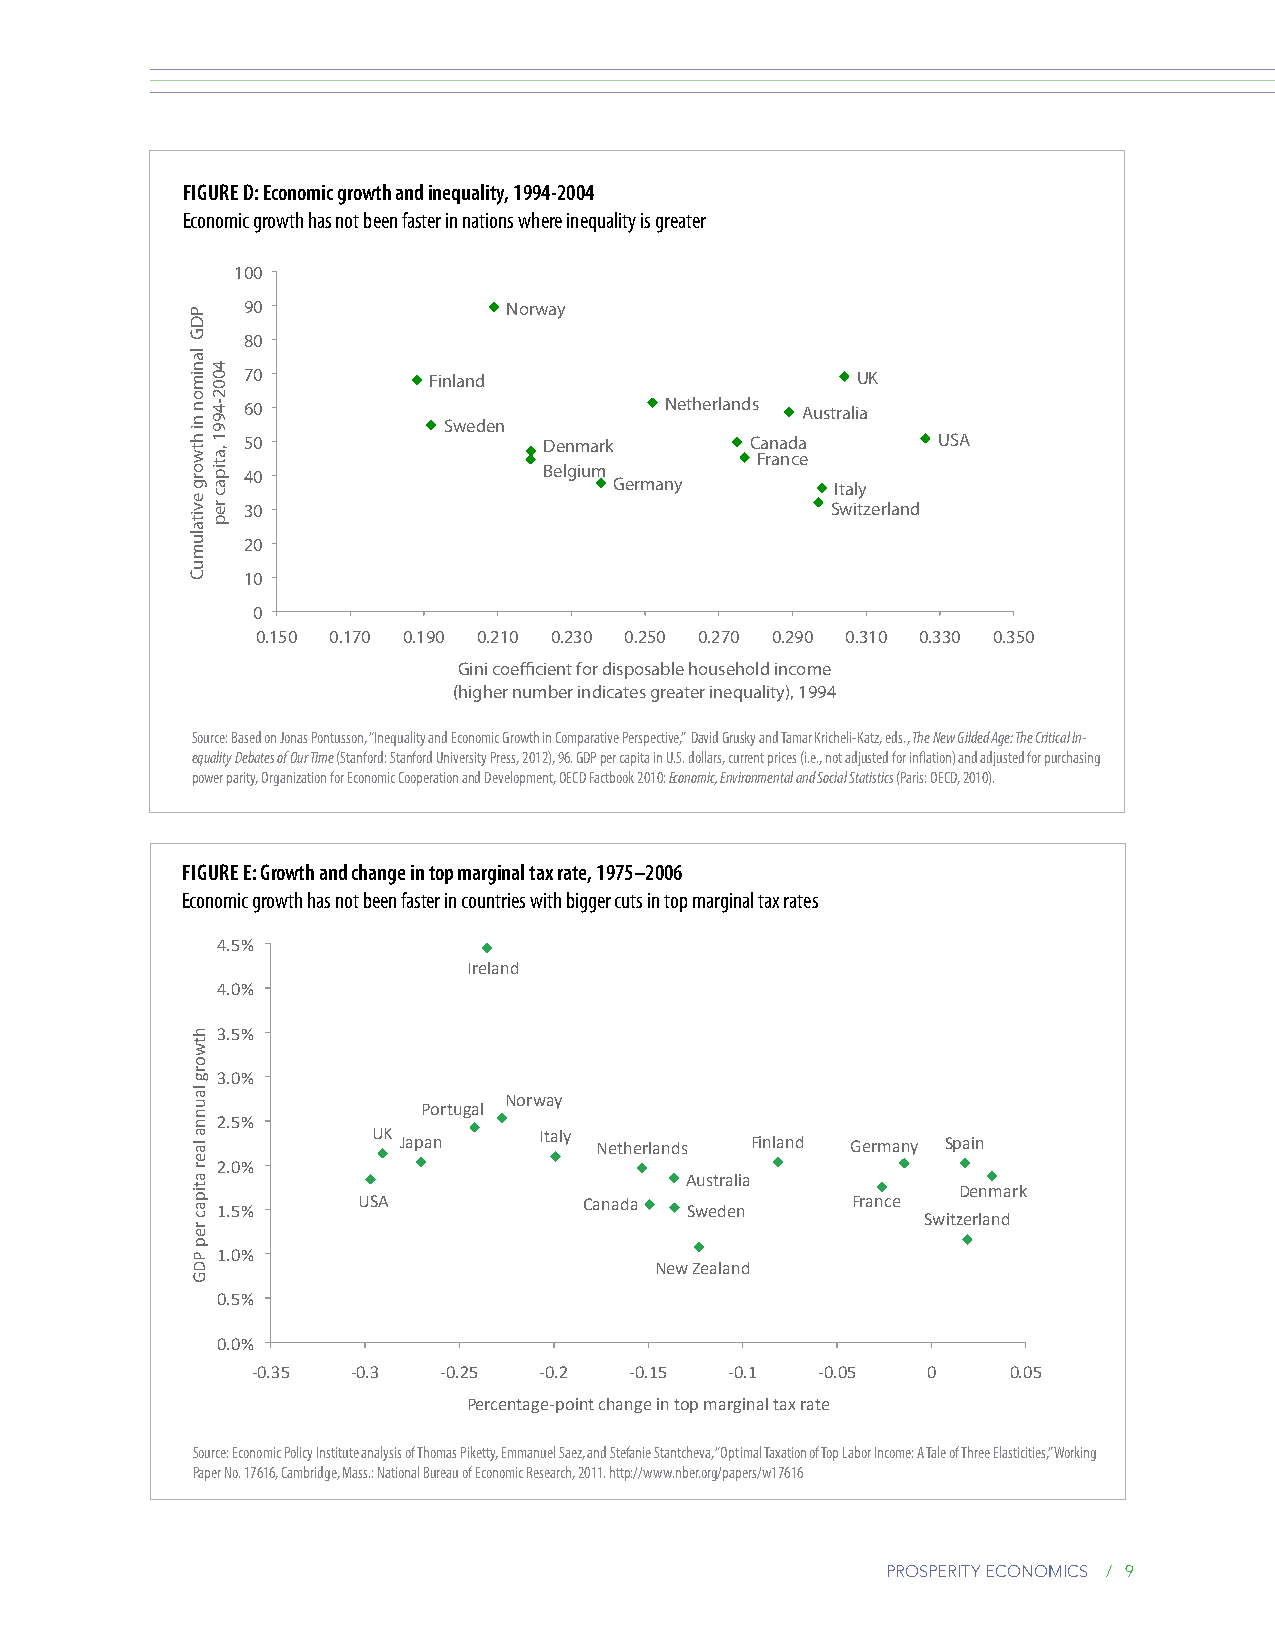
Figure D: economic growth and inequality, 1994-2004
 Economic growth has not been faster in nations where inequality is greater
 100
 90                Norway
 80
 70          Finland                      UK
 60                          Netherlands Australia
 Sweden
 50                  Denmark       Canada      USA
 France
 40                  Belgium
 Germany       Italy
 30                                     Switzerland
 20
 10
 0
 0.150 0.170 0.190 0.210 0.230 0.250 0.270 0.290 0.310 0.330 0.350
 Gini coefficient for disposable household income
 (higher number indicates greater inequality), 1994
 Source: Based on Jonas Pontusson, “Inequality and Economic Growth in Comparative Perspective,” David Grusky and Tamar Kricheli-Katz, eds., The New Gilded Age: The Critical In-
 equality Debates of Our Time (Stanford: Stanford University Press, 2012), 96. GDP per capita in U.S. dollars, current prices (i.e., not adjusted for inflation) and adjusted for purchasing
 power parity, Organization for Economic Cooperation and Development, OECD Factbook 2010: Economic, Environmental and Social Statistics (Paris: OECD, 2010).
 Figure e: growth and change in top marginal tax rate, 1975–2006
 Economic growth has not been faster in countries with bigger cuts in top marginal tax rates
 4.5%
 Ireland
 4.0%
 3.5%
 3.0%
 Norway
 Portugal
 2.5%
 UK Japan   Italy Netherlands Finland Germany Spain
 2.0%
 Australia
 Denmark
 USA            Canada           France
 1.5%                           Sweden
 Switzerland
 1.0%
 New Zealand
 0.5%
 0.0%
 ‐0.35 ‐0.3  ‐0.25  ‐0.2  ‐0.15 ‐0.1  ‐0.05  0     0.05
 Percentage‐point change in top marginal tax rate
 Source: Economic Policy Institute analysis of Thomas Piketty, Emmanuel Saez, and Stefanie Stantcheva, “Optimal Taxation of Top Labor Income: A Tale of Three Elasticities,” Working
 Paper No. 17616, Cambridge, Mass.: National Bureau of Economic Research, 2011. http://www.nber.org/papers/w17616
 prosperity economics / 9
 PDG
 lanimon
 ni
 htworg
 evitalumuC
 htworg
 launna
 laer
 atipac
 rep
 PDG
 4002-4991
 ,atipac
 rep